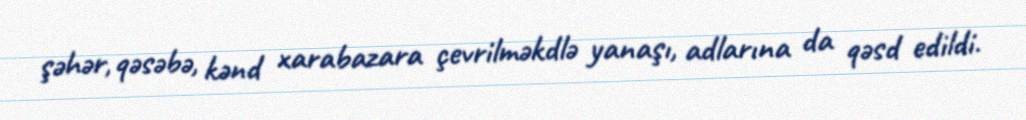
şəhər, qəsəbə, kənd xarabazara çevrilməkdlə yanaşı, adlarına da qəsd edildi.